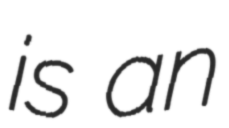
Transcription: is an